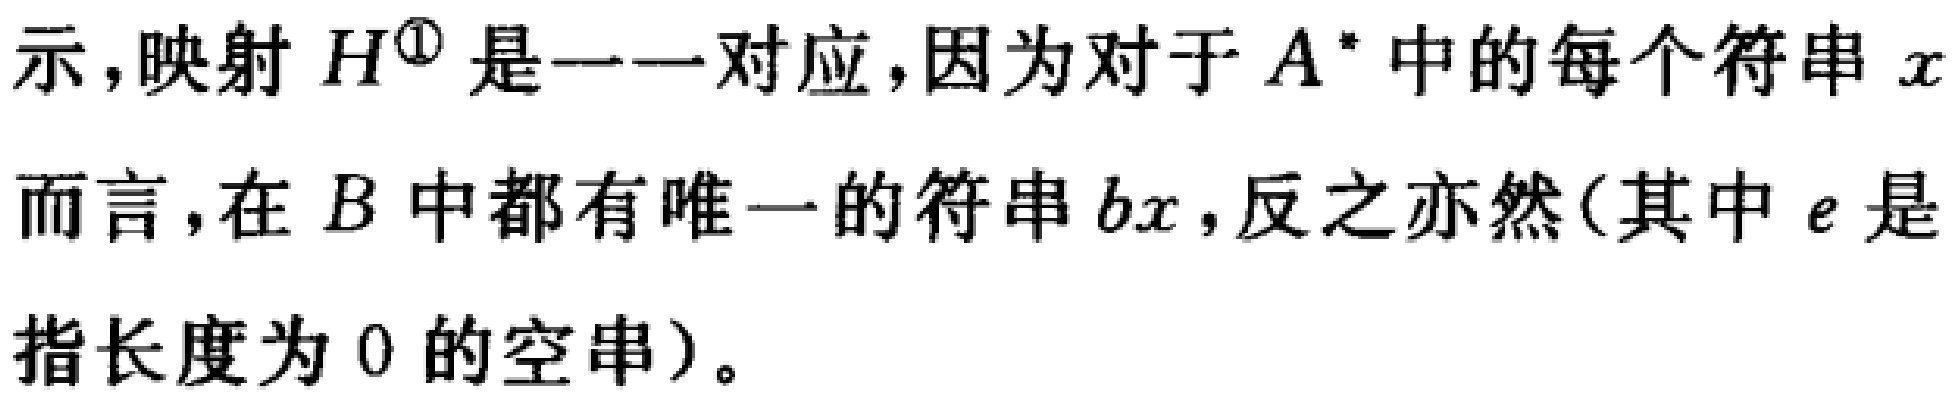
示，映射 \(H^{\textcircled{1}}\) 是一一对应，因为对于 \(A^{*}\) 中的每个符串 \(x\) 而言，在 \(B\) 中都有唯一的符串 \(bx\)，反之亦然（其中 \(e\) 是指长度为 \(0\) 的空串）。